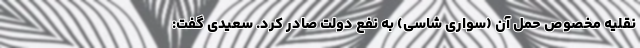
نقلیه مخصوص حمل آن (سواری شاسی) به نفع دولت صادر کرد. سعیدی گفت: